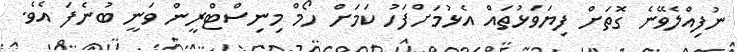
ނުފިއްލެވޭނެ ގޮތަށް ފިޔަވަޅުތައް އެޅުމަށްފަހު ކަމަށް ހޯމް މިނިސްޓްރީން ވަނީ ބުނެފަ އެވެ.